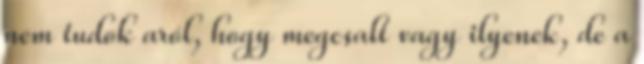
nem tudok aról, hogy megcsalt vagy ilyenek, de a